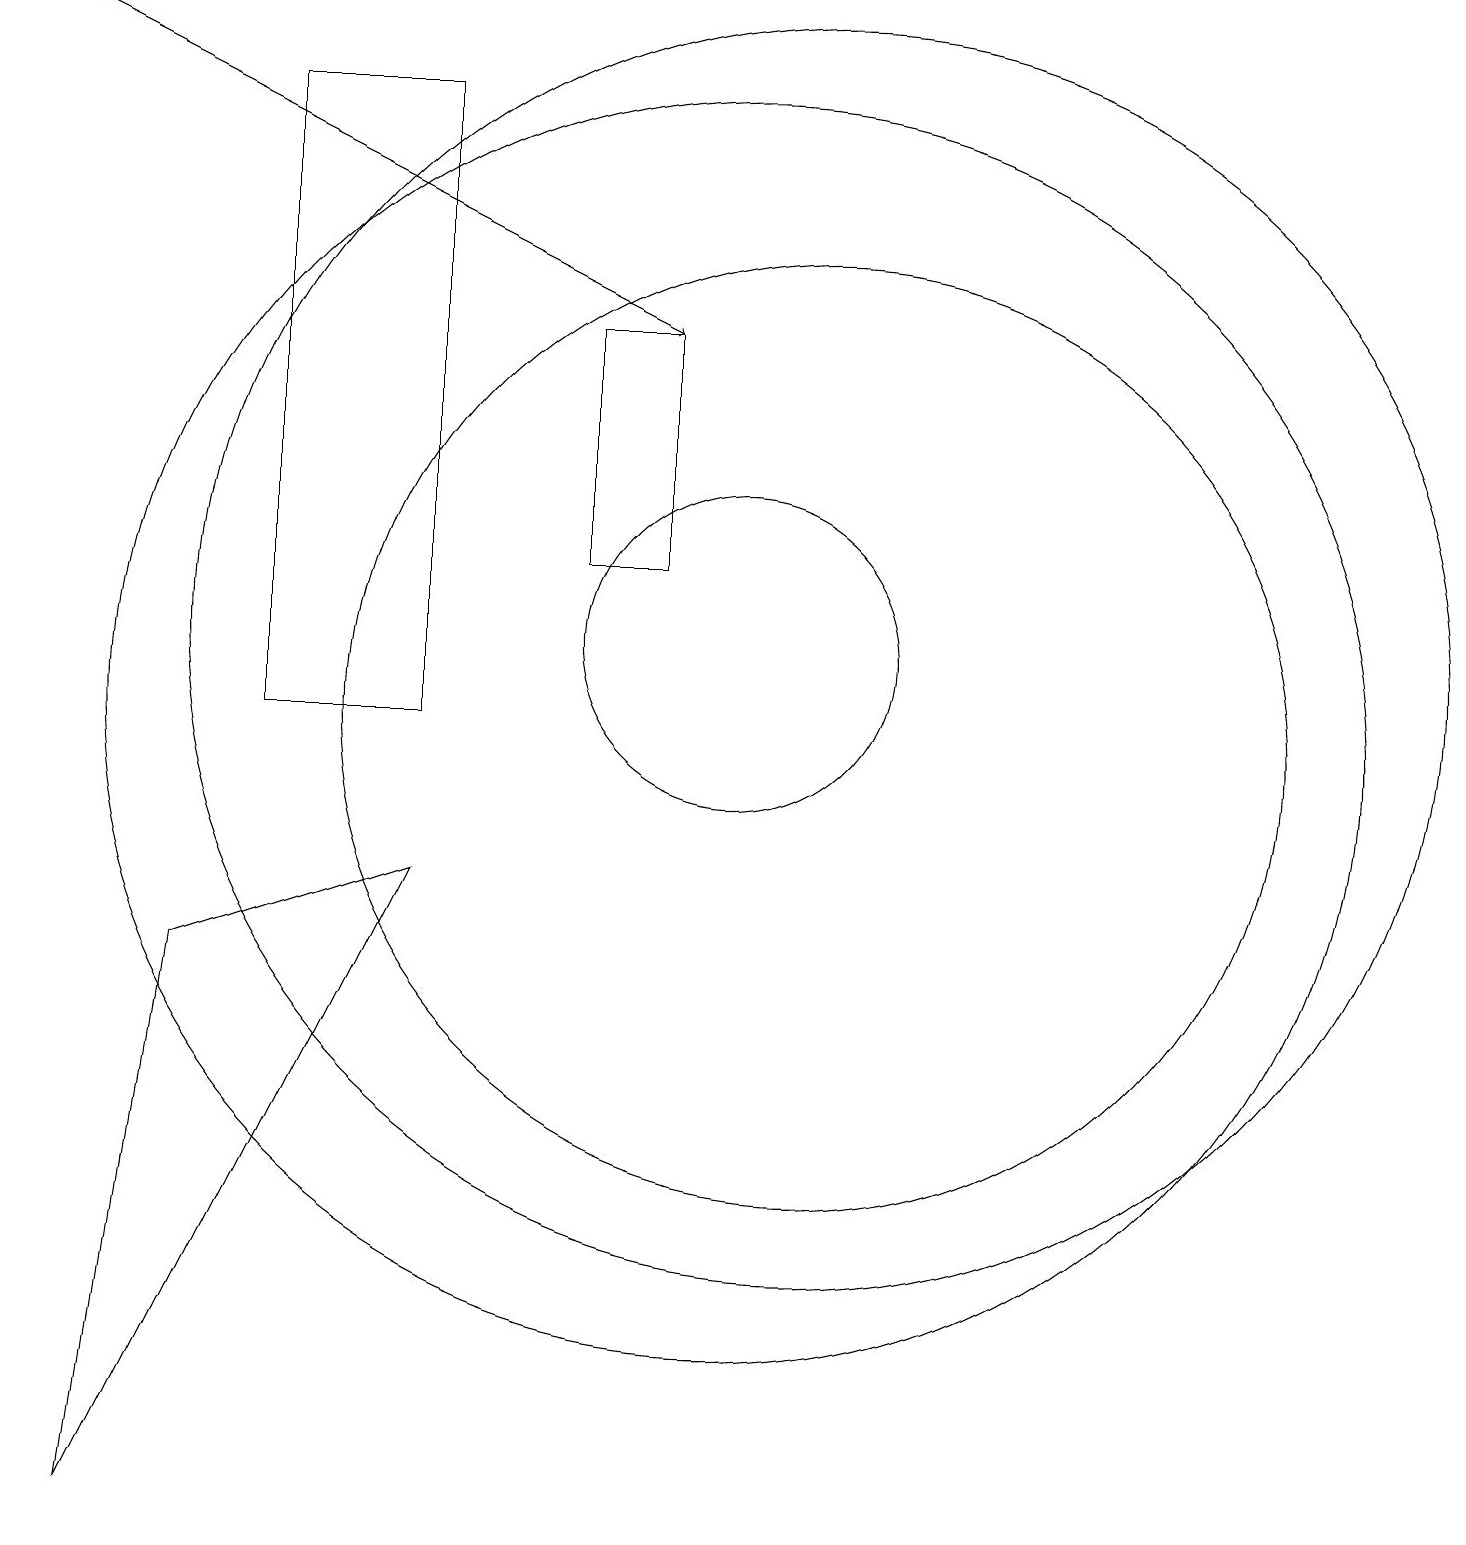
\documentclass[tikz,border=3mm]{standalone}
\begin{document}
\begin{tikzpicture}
\draw (2,0) -- (6,8) -- (3,7) -- cycle;
\draw (11,11) circle (8);
\draw (9,12) rectangle (8,15);
\draw (6,10) rectangle (4,18);
\draw (10,10) circle (8);
\draw (10,11) circle (2);
\draw[->] (1,19) -- (9,15);
\draw (11,10) circle (6);
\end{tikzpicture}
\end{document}